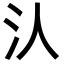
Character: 汄